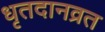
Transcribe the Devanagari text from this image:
धृतदानव्रत